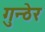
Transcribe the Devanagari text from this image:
गुन्ठेर